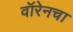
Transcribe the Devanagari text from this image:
वॉरेनचा